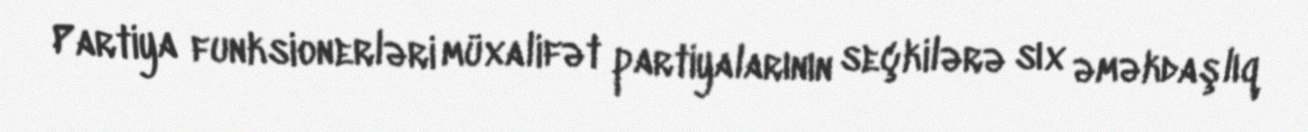
Partiya funksionerləri müxalifət partiyalarının seçkilərə sıx əməkdaşlıq